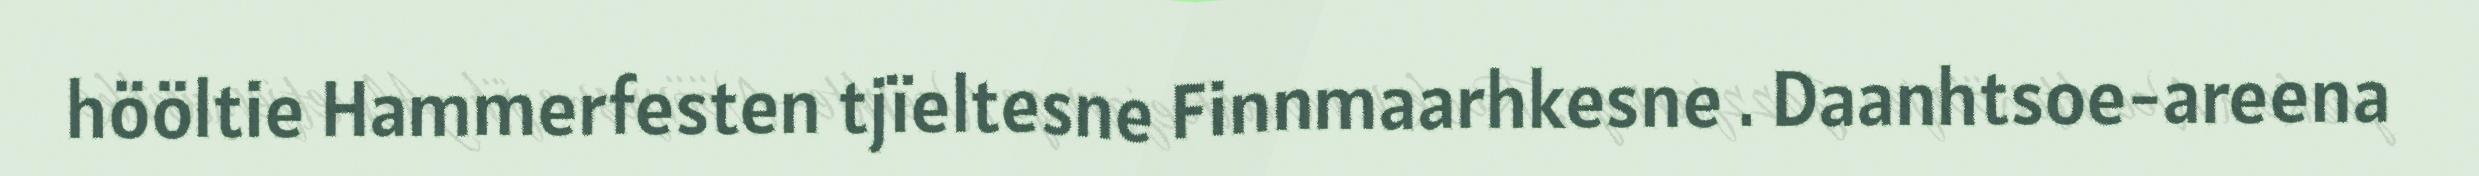
hööltie Hammerfesten tjïeltesne Finnmaarhkesne . Daanhtsoe-areena